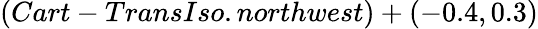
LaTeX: (Cart-TransIso.northwest)+(-0.4,0.3)